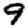
Digit: 9